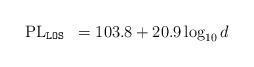
LaTeX: \begin{align*}\begin{array}{rl}\textrm{PL}_{\mathtt{LOS}} & =103.8+20.9\log_{10}d\end{array}\end{align*}